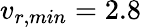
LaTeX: v_{r,min}=2.8